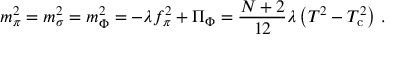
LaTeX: m _ { \pi } ^ { 2 } = m _ { \sigma } ^ { 2 } = m _ { \Phi } ^ { 2 } = - \lambda f _ { \pi } ^ { 2 } + \Pi _ { \Phi } = \frac { N + 2 } { 1 2 } \lambda \left( T ^ { 2 } - T _ { \mathrm { c } } ^ { 2 } \right) \, .